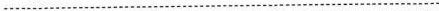
………………...................................